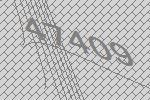
47409